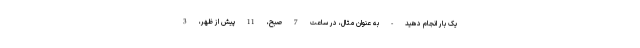
یک بار انجام دهید - به عنوان مثال، در ساعت 7 صبح، 11 پیش از ظهر، 3